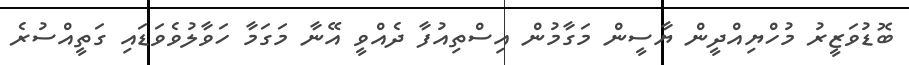
ބޮޑުވަޒީރު މުހްޔިއްދީން ޔާސީން މަގާމުން އިސްތިއުފާ ދެއްވީ އޭނާ މަގަމާ ހަވާލުވެވަޑައި ގަތީއްސުރެ